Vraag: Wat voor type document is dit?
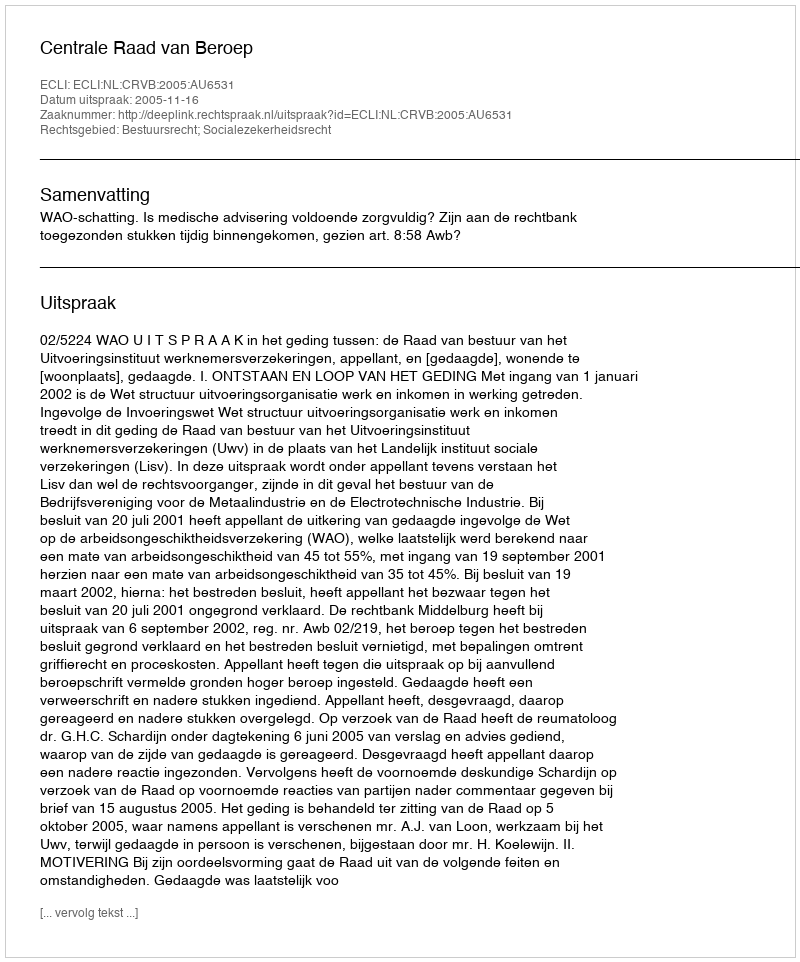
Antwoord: Uitspraak